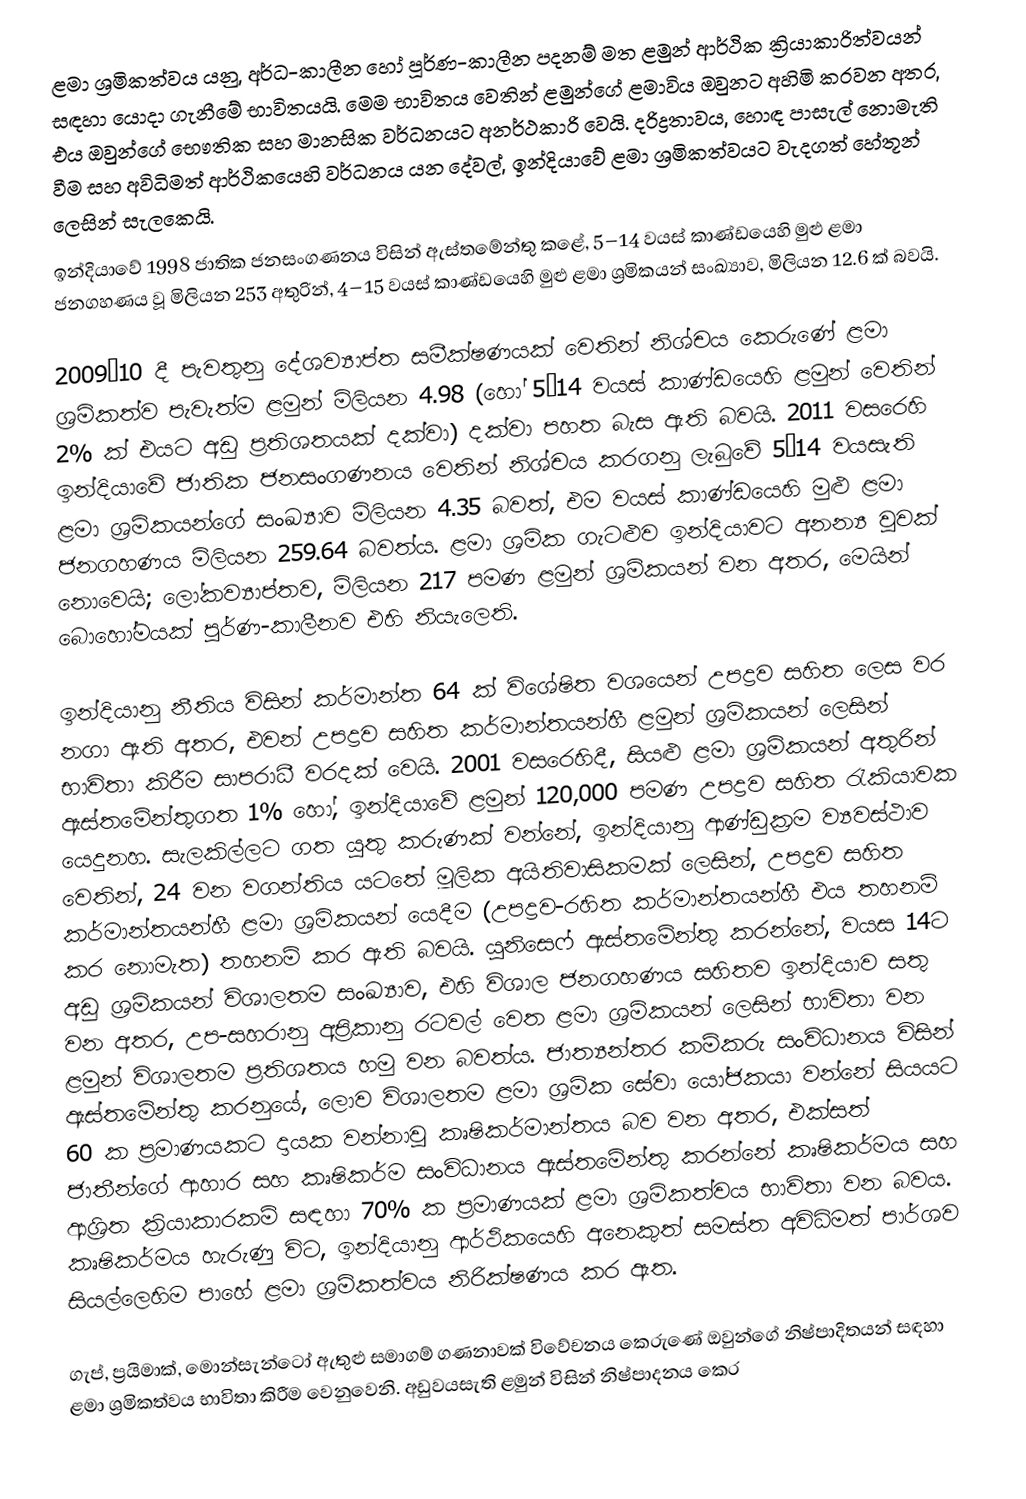
ළමා ශ්‍රමිකත්වය යනු, අර්ධ-කාලීන හෝ පූර්ණ-කාලීන පදනම් මත ළමුන් ආර්ථික ක්‍රියාකාරිත්වයන් සඳහා යොදා ගැනීමේ භාවිතයයි. මෙම භාවිතය වෙතින් ළමුන්ගේ ළමාවිය ඔවුනට අහිමි කරවන අතර, එය ඔවුන්ගේ භෞතික සහ මානසික වර්ධනයට අනර්ථකාරි වෙයි. දරිද්‍රතාවය, හොඳ පාසැල් නොමැති වීම සහ අවිධිමත් ආර්ථිකයෙහි වර්ධනය යන දේවල්,  ඉන්දියාවේ ළමා ශ්‍රමිකත්වයට වැදගත් හේතූන් ලෙසින් සැලකෙයි.
ඉන්දියාවේ 1998 ජාතික ජනසංගණනය විසින් ඇස්තමේන්තු කළේ,  5–14 වයස් කාණ්ඩයෙහි මුළු ළමා ජනගහණය වූ මිලියන 253 අතුරින්,  4–15 වයස් කාණ්ඩයෙහි මුළු ළමා ශ්‍රමිකයන් සංඛ්‍යාව, මිලියන 12.6 ක් බවයි.

2009–10 දී පැවතුනු දේශව්‍යාප්ත සමීක්ෂණයක් වෙතින් නිශ්චය කෙරුණේ ළමා ශ්‍රමිකත්ව පැවැත්ම ළමුන් මිලියන 4.98 (හෝ 5–14 වයස් කාණ්ඩයෙහි ළමුන් වෙතින්  2% ක් එයට අඩු ප්‍රතිශතයක් දක්වා) දක්වා පහත බැස ඇති බවයි. 2011 වසරෙහි ඉන්දියාවේ ජාතික ජනසංගණනය වෙතින් නිශ්චය කරගනු ලැබුවේ  5–14 වයසැති ළමා ශ්‍රමිකයන්ගේ සංඛ්‍යාව මිලියන 4.35 බවත්, එම වයස් කාණ්ඩයෙහි මුළු ළමා ජනගහණය මිලියන 259.64 බවත්ය. ළමා ශ්‍රමික ගැටළුව ඉන්දියාවට අනන්‍ය වූවක් නොවෙයි; ලෝකව්‍යාප්තව, මිලියන 217 පමණ ළමුන් ශ්‍රමිකයන් වන අතර, මෙයින් බොහෝමයක් පූර්ණ-කාලීනව එහි නියැලෙති.

ඉන්දියානු නීතිය විසින් කර්මාන්ත  64 ක් විශේෂිත වශයෙන් උපද්‍රව සහිත ලෙස වර නගා ඇති අතර, එවන් උපද්‍රව සහිත කර්මාන්තයන්හී ළමුන් ශ්‍රමිකයන් ලෙසින් භාවිතා කිරීම සාපරාධී වරදක් වෙයි. 2001 වසරෙහිදී, සියළු ළමා ශ්‍රමිකයන් අතුරින් ඇස්තමේන්තුගත 1% හෝ, ඉන්දියාවේ ළමුන් 120,000 පමණ උපද්‍රව සහිත රැකියාවක යෙදුනහ. සැලකිල්ලට ගත යුතු කරුණක් වන්නේ, ඉන්දියානු ආණ්ඩුක්‍රම ව්‍යවස්ථාව වෙතින්, 24 වන වගන්තිය යටතේ මූලික අයිතිවාසිකමක් ලෙසින්, උපද්‍රව සහිත කර්මාන්තයන්හී ළමා ශ්‍රමිකයන් යෙදීම (උපද්‍රව-රහිත කර්මාන්තයන්හී එය තහනම් කර නොමැත) තහනම් කර ඇති බවයි. යුනිසෙෆ් ඇස්තමේන්තු කරන්නේ, වයස 14ට අඩු ශ්‍රමිකයන් විශාලතම සංඛ්‍යාව, එහි විශාල ජනගහණය සහිතව ඉන්දියාව සතු වන අතර,  උප-සහරානු අප්‍රිකානු රටවල් වෙත ළමා ශ්‍රමිකයන් ලෙසින් භාවිතා වන ළමුන් විශාලතම ප්‍රතිශතය හමු වන බවත්ය. ජාත්‍යන්තර කම්කරු සංවිධානය විසින් ඇස්තමේන්තු කරනුයේ, ලොව විශාලතම ළමා ශ්‍රමික සේවා යෝජකයා වන්නේ සියයට 60 ක ප්‍රමාණයකට දායක වන්නාවූ කෘෂිකර්මාන්තය බව වන අතර, එක්සත් ජාතීන්ගේ ආහාර සහ කෘෂිකර්ම සංවිධානය ඇස්තමේන්තු කරන්නේ කෘෂිකර්මය සහ ආශ්‍රිත ක්‍රියාකාරකම් සඳහා 70% ක ප්‍රමාණයක් ළමා ශ්‍රමිකත්වය භාවිතා වන බවය. කෘෂිකර්මය හැරුණු විට, ඉන්දියානු ආර්ථිකයෙහි අනෙකුත් සමස්ත අවිධිමත් පාර්ශව සියල්ලෙහිම පාහේ ළමා ශ්‍රමිකත්වය නිරික්ෂණය කර ඇත.

ගැප්, ප්‍රයිමාක්, මොන්සැන්ටෝ ඇතුළු සමාගම් ගණනාවක් විවේචනය කෙරුණේ ඔවුන්ගේ නිෂ්පාදිතයන් සඳහා ළමා ශ්‍රමිකත්වය භාවිතා කිරීම වෙනුවෙනි. අඩුවයසැති ළමුන් විසින් නිෂ්පාදනය කෙර